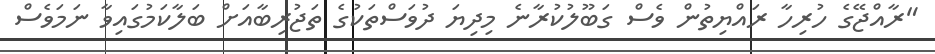
"ރާއްޖޭގެ ހުރިހާ ރައްޔިތުން ވެސް ގަބޫލުކުރާނެ މިދިޔަ ދުވަސްތަކުގެ ތަޖުރިބާއަށް ބަލާކަމުގައިވާ ނަމަވެސް